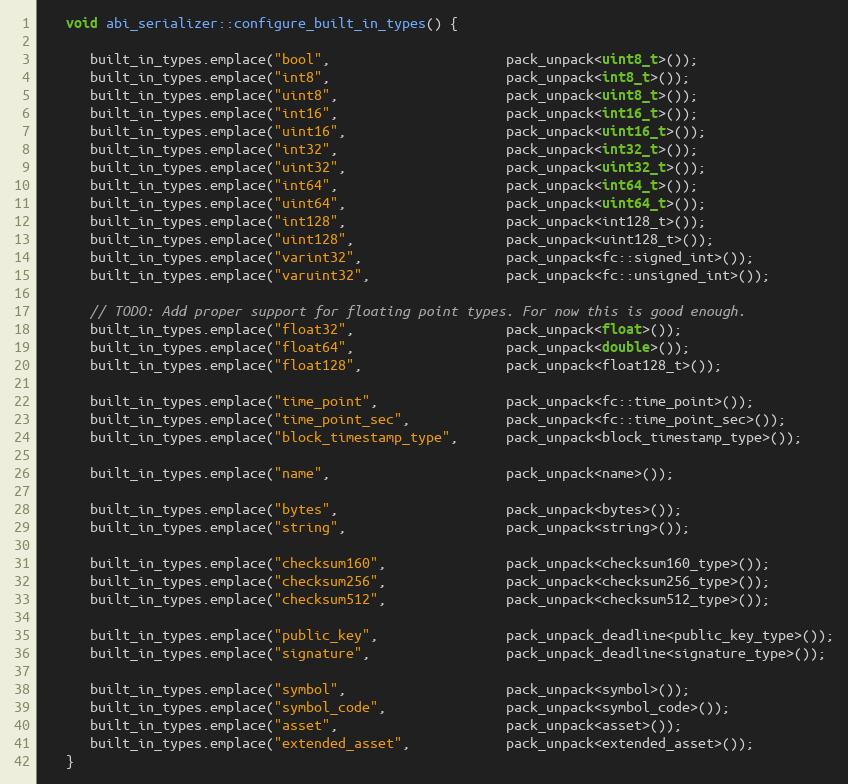
Language: C++
   void abi_serializer::configure_built_in_types() {

      built_in_types.emplace("bool",                      pack_unpack<uint8_t>());
      built_in_types.emplace("int8",                      pack_unpack<int8_t>());
      built_in_types.emplace("uint8",                     pack_unpack<uint8_t>());
      built_in_types.emplace("int16",                     pack_unpack<int16_t>());
      built_in_types.emplace("uint16",                    pack_unpack<uint16_t>());
      built_in_types.emplace("int32",                     pack_unpack<int32_t>());
      built_in_types.emplace("uint32",                    pack_unpack<uint32_t>());
      built_in_types.emplace("int64",                     pack_unpack<int64_t>());
      built_in_types.emplace("uint64",                    pack_unpack<uint64_t>());
      built_in_types.emplace("int128",                    pack_unpack<int128_t>());
      built_in_types.emplace("uint128",                   pack_unpack<uint128_t>());
      built_in_types.emplace("varint32",                  pack_unpack<fc::signed_int>());
      built_in_types.emplace("varuint32",                 pack_unpack<fc::unsigned_int>());

      // TODO: Add proper support for floating point types. For now this is good enough.
      built_in_types.emplace("float32",                   pack_unpack<float>());
      built_in_types.emplace("float64",                   pack_unpack<double>());
      built_in_types.emplace("float128",                  pack_unpack<float128_t>());

      built_in_types.emplace("time_point",                pack_unpack<fc::time_point>());
      built_in_types.emplace("time_point_sec",            pack_unpack<fc::time_point_sec>());
      built_in_types.emplace("block_timestamp_type",      pack_unpack<block_timestamp_type>());

      built_in_types.emplace("name",                      pack_unpack<name>());

      built_in_types.emplace("bytes",                     pack_unpack<bytes>());
      built_in_types.emplace("string",                    pack_unpack<string>());

      built_in_types.emplace("checksum160",               pack_unpack<checksum160_type>());
      built_in_types.emplace("checksum256",               pack_unpack<checksum256_type>());
      built_in_types.emplace("checksum512",               pack_unpack<checksum512_type>());

      built_in_types.emplace("public_key",                pack_unpack_deadline<public_key_type>());
      built_in_types.emplace("signature",                 pack_unpack_deadline<signature_type>());

      built_in_types.emplace("symbol",                    pack_unpack<symbol>());
      built_in_types.emplace("symbol_code",               pack_unpack<symbol_code>());
      built_in_types.emplace("asset",                     pack_unpack<asset>());
      built_in_types.emplace("extended_asset",            pack_unpack<extended_asset>());
   }